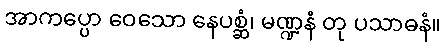
အာကပ္ပော ဝေသော နေပစ္ဆံ၊ မဏ္ဍနံ တု ပသာဓနံ။